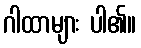
ဂါထာများ ပါ၏။